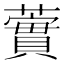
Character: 𧁐